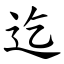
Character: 迄